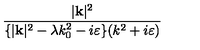
\frac { | \mathbf { k } | ^ { 2 } } { \{ | \mathbf { k } | ^ { 2 } - \lambda k _ { 0 } ^ { 2 } - i \varepsilon \} ( k ^ { 2 } + i \varepsilon ) }